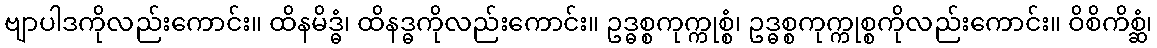
ဗျာပါဒကိုလည်းကောင်း။ ထိနမိဒ္ဓံ၊ ထိနဒ္ဓကိုလည်းကောင်း။ ဥဒ္ဓစ္စကုက္ကုစ္စံ၊ ဥဒ္ဓစ္စကုက္ကုစ္စကိုလည်းကောင်း။ ဝိစိကိစ္ဆံ၊